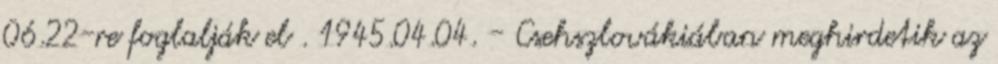
06.22-re foglalják el . 1945.04.04. - Csehszlovákiában meghirdetik az